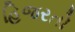
હિજરતો